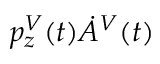
p _ { z } ^ { V } ( t ) \dot { A } ^ { V } ( t )